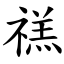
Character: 禚